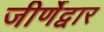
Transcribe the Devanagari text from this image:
जीर्णेद्वार